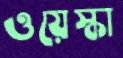
ওয়েস্কা